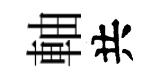
軸共